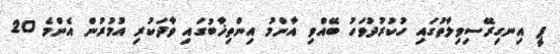
ޕީ އިނގިރޭސިވިލާތުގައި ހުކުރުދުވަހު ބޭއްވި އާންމު އިންތިޚާބުގައި ވާދަކުރި އުމުރުން އެންމެ 20